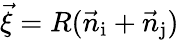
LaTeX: {\vec{\xi}=R(\vec{n}_{\mathrm{i}}+\vec{n}_{\mathrm{j}})}